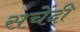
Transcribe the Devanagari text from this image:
सचेंदी